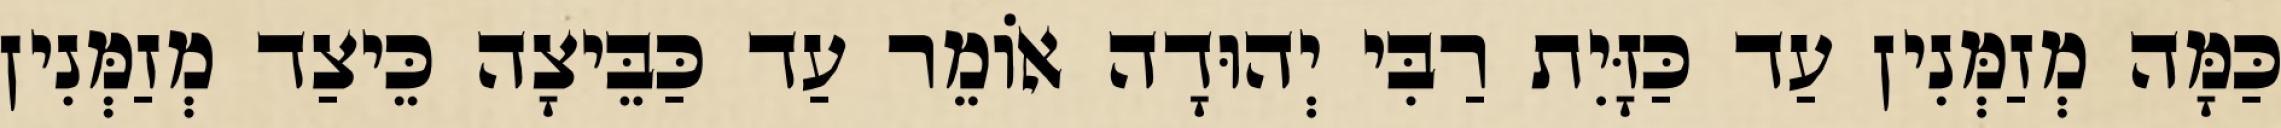
כַּמָּה מְזַמְּנִין עַד כַּזָּיִת רַבִּי יְהוּדָה אוֹמֵר עַד כַּבֵּיצָה כֵּיצַד מְזַמְּנִין